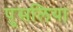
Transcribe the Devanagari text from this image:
पुसलिया